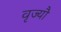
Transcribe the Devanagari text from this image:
वृज्यौ